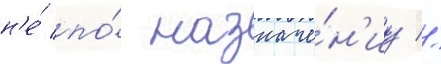
н'е́ по́ назначе́н'иу //